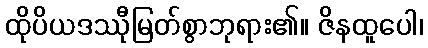
ထိုပိယဒဿီုမြတ်စွာဘုရား၏။ ဇိနထူပေါ၊